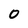
Character: 0